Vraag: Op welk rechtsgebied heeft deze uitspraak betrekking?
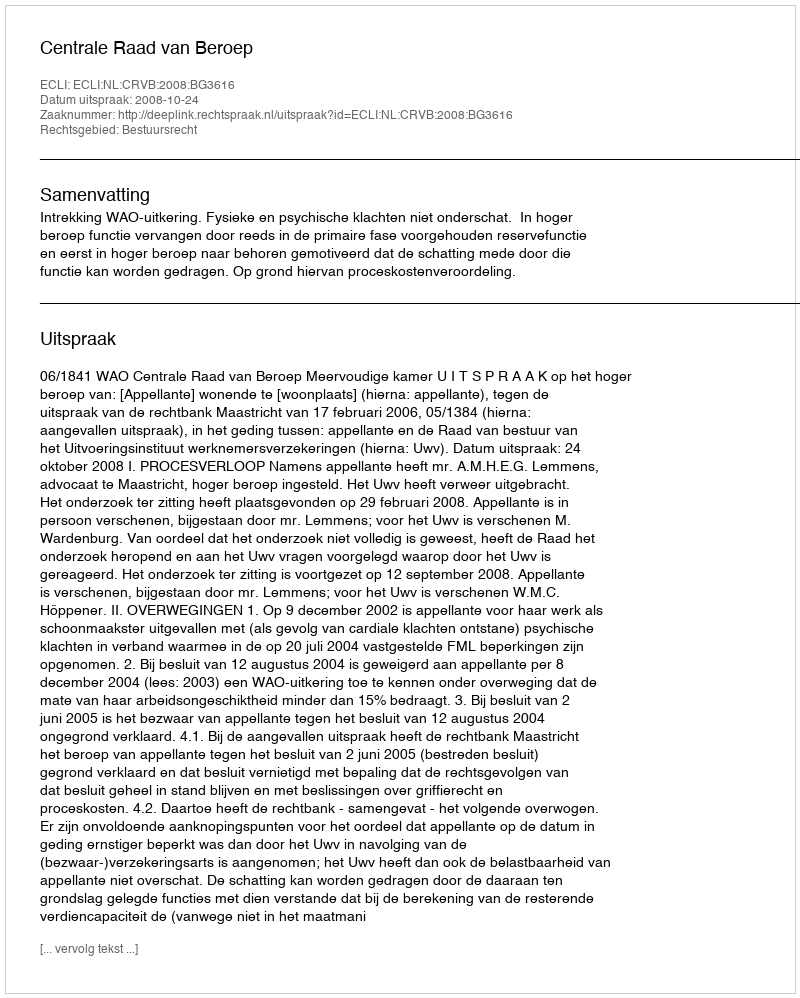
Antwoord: Bestuursrecht